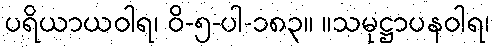
ပရိယာယဝါရ၊ ဝိ-၅-ပါ-၁၈၃။ ။သမုဋ္ဌာပနဝါရ၊